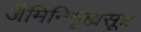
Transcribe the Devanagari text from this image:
जैमिनिगृह्यसूत्र